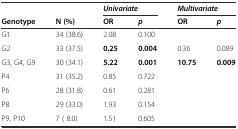
|  |  | <COLSPAN=2> Univariate | <COLSPAN=2> Multivariate |
 | Genotype | N (%) | OR | p | OR | p |
 | --- | --- | --- | --- | --- | --- |
 | G1 | 34 (38.6) | 2.08 | 0.100 |  |  |
 | G2 | 33 (37.5) | 0.25 | 0.004 | 0.36 | 0.089 |
 | G3, G4, G9 | 30 (34.1) | 5.22 | 0.001 | 10.75 | 0.009 |
 | P4 | 31 (35.2) | 0.85 | 0.722 |  |  |
 | P6 | 28 (31.8) | 0.61 | 0.281 |  |  |
 | P8 | 29 (33.0) | 1.93 | 0.154 |  |  |
 | P9, P10 | 7 ( 8.0) | 1.51 | 0.605 |  |  |